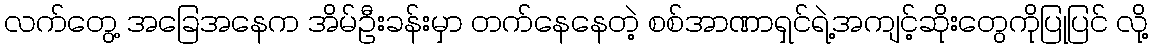
လက်တွေ့ အခြေအနေက အိမ်ဦးခန်းမှာ တက်နေနေတဲ့ စစ်အာဏာရှင်ရဲ့အကျင့်ဆိုးတွေကိုပြုပြင် လို့